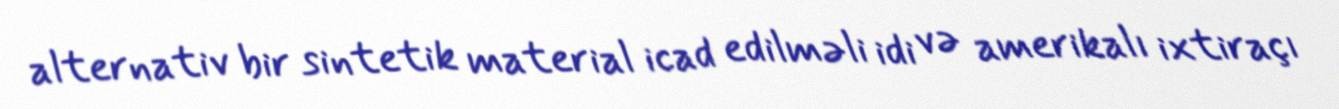
alternativ bir sintetik material icad edilməli idi və amerikalı ixtiraçı